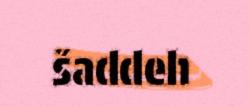
šaddeh